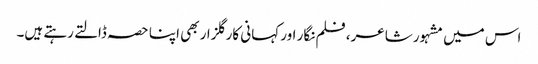
اس میں مشہور شاعر، فلم نگار اور کہانی کار گلزار بھی اپنا حصہ ڈالتے رہتے ہیں۔